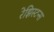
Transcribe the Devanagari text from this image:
रेझिस्टन्स